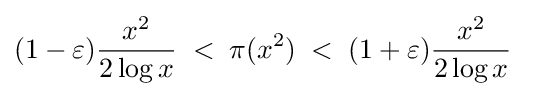
(1-\varepsilon ){\frac {x^{2}}{2\log x}}\;<\;\pi (x^{2})\;<\;(1+\varepsilon ){\frac {x^{2}}{2\log x}}\;